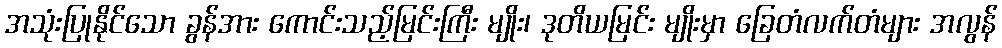
အသုံးပြုနိုင်သော ခွန်အား ကောင်းသည့်မြင်းကြီး မျိုး၊ ဒုတိယမြင်း မျိုးမှာ ခြေတံလက်တံများ အလွန်